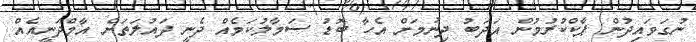
ނުގަވައިދުން ޕާކްކުރުމުން އަދަބު ދިނުމަށް އެހާ ބޮޑު ސަމާލުކަމެއް ދެނީ ދައުލަތަށް އާމްދަނީއެއް